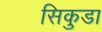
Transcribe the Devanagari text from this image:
सिकुडा